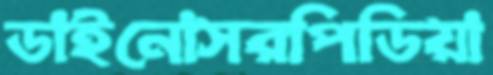
ডাইনোসরপিডিয়া